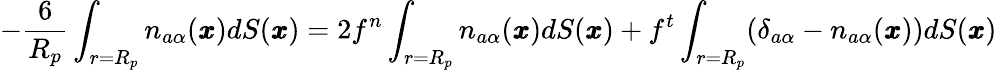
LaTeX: -\frac{6}{R_{p}}\int_{r=R_{p}}n_{a\alpha}({\pmb x})dS({\pmb x})=2f^{n}\int_{r=R_{p}}n_{a\alpha}(\pmb x)dS({\pmb x})+f^{t}\int_{r=R_{p}}(\delta_{a\alpha}-n_{a\alpha}(\pmb x))dS({\pmb x})